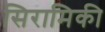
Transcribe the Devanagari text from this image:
सिरामिकी